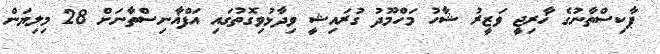
ޕާކިސްތާނުގެ ޚާރިޖީ ވަޒީރު ޝާހު މަހްމޫދު ގުރައިޝީ ވިދާޅުވިގޮތުގައި އަފްޣާނިސްތާނަށް 28 މިލިޔަން